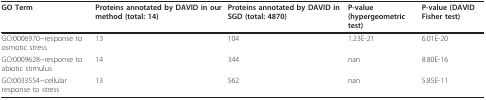
| GO Term | Proteins annotated by DAVID in our method (total: 14) | Proteins annotated by DAVID in SGD (total: 4870) | P-value (hypergeometric test) | P-value (DAVID Fisher test) |
 | --- | --- | --- | --- | --- |
 | GO:0006970~response to osmotic stress | 13 | 104 | 1.23E-21 | 6.01E-20 |
 | GO:0009628~response to abiotic stimulus | 14 | 344 | nan | 8.80E-16 |
 | GO:0033554~cellular response to stress | 13 | 562 | nan | 5.85E-11 |